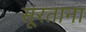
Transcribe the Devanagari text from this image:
सूरताना